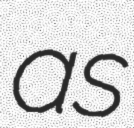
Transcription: as